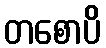
တစောပိ